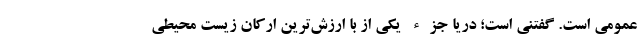
عمومی است. گفتنی است؛ دریا جزء یکی از با ارزش‌ترین ارکان زیست محیطی